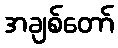
အချစ်တော်